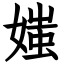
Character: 媸